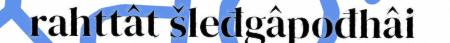
rahttât šleđgâpođhâi